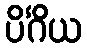
ပိင်္ဂိယ